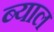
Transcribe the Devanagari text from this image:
ब्‍याल